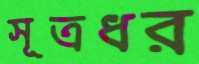
সূত্রধর